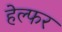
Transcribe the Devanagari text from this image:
हेल्फर